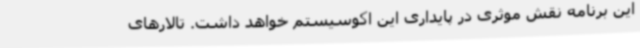
این برنامه نقش موثری در پایداری این اکوسیستم خواهد داشت. تالارهای